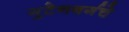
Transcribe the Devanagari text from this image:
गुटेनबर्गचे